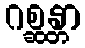
ဂစ္ဆန္တာ